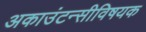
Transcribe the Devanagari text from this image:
अकाउंटन्सीविषयक